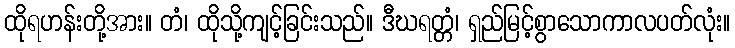
ထိုရဟန်းတို့အား။ တံ၊ ထိုသို့ကျင့်ခြင်းသည်။ ဒီဃရတ္တံ၊ ရှည်မြင့်စွာသောကာလပတ်လုံး။